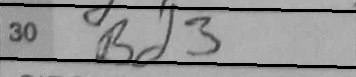
Transcription: Bd3